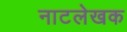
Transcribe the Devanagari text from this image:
नाटलेखक